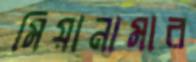
মিয়ানামার